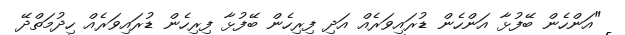
"އަންހެން ބޭފުޅާ އަންހެން ޑުރައިވަރެއް އަދި ފިރިހެން ބޭފުޅާ ފިރިހެން ޑުރައިވަރެއް ހިދުމަތްދޭ